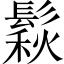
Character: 鬏